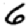
Digit: 6